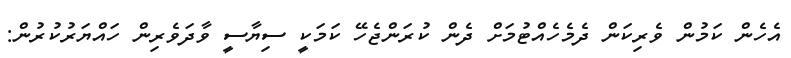
އެހެން ކަމުން ވެރިކަން ދެމެހެއްޓުމަށް ދެން ކުރަންޖެހޭ ކަމަކީ ސިޔާސީ ވާދަވެރިން ހައްޔަރުކުރުން: